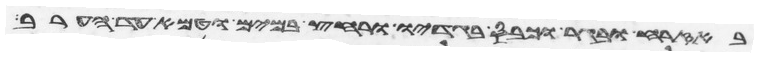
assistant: באזרח ובגר וכבס בגדיו ורחץ במים וטמא עד הערב